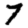
Digit: 7